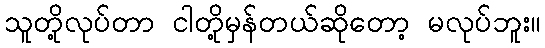
သူတို့လုပ်တာ ငါတို့မှန်တယ်ဆိုတော့ မလုပ်ဘူး။